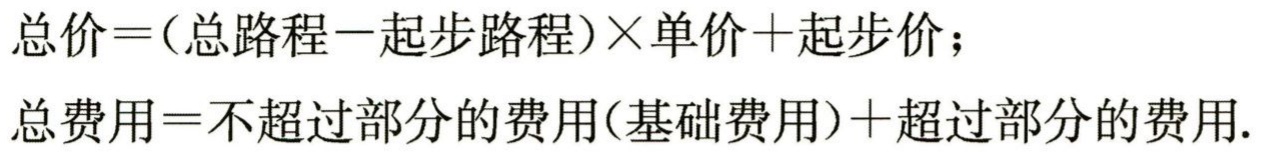
总价=(总路程−起步路程)×单价+起步价；
总费用=不超过部分的费用(基础费用)+超过部分的费用.